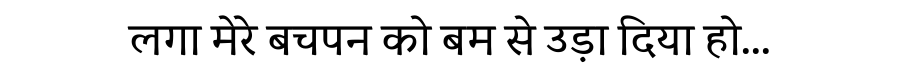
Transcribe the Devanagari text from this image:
लगा मेरे बचपन को बम से उड़ा दिया हो...